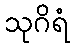
သုဂိရံ